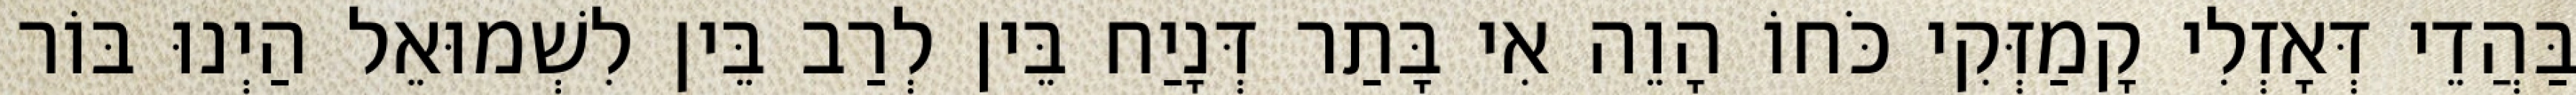
בַּהֲדֵי דְּאָזְלִי קָמַזְּקִי כֹּחוֹ הָוֵה אִי בָּתַר דְּנָיַח בֵּין לְרַב בֵּין לִשְׁמוּאֵל הַיְנוּ בּוֹר